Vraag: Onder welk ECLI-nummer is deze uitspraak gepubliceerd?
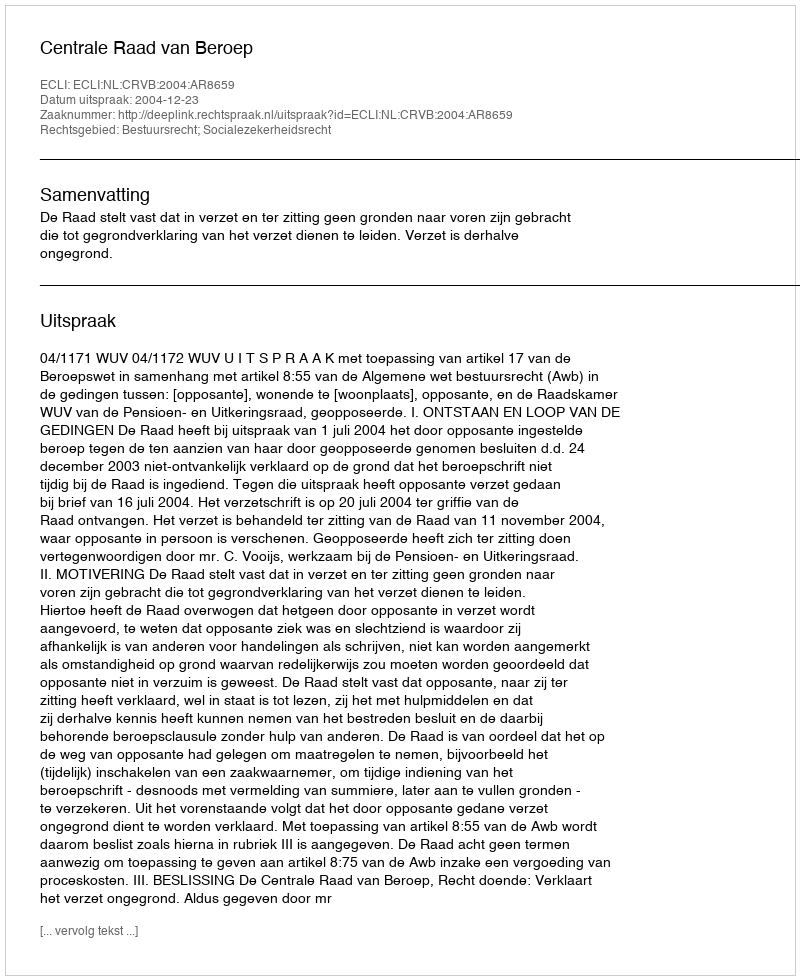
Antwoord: ECLI:NL:CRVB:2004:AR8659